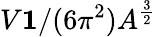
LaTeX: V\le 1/(6\pi^{2})A^{\frac 32}